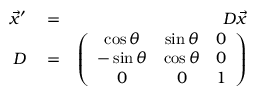
\begin{array} { r l r } { \vec { x } ^ { \prime } } & { { } = } & { D \vec { x } } \\ { D } & { { } = } & { \left( \begin{array} { c c c } { \cos \theta } & { \sin \theta } & { 0 } \\ { - \sin \theta } & { \cos \theta } & { 0 } \\ { 0 } & { 0 } & { 1 } \end{array} \right) } \end{array}